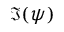
\Im ( \psi )